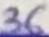
Text: 36